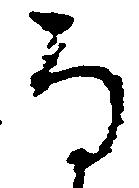
な